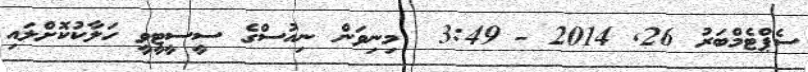
ސެޕްޓެމްބަރު 26